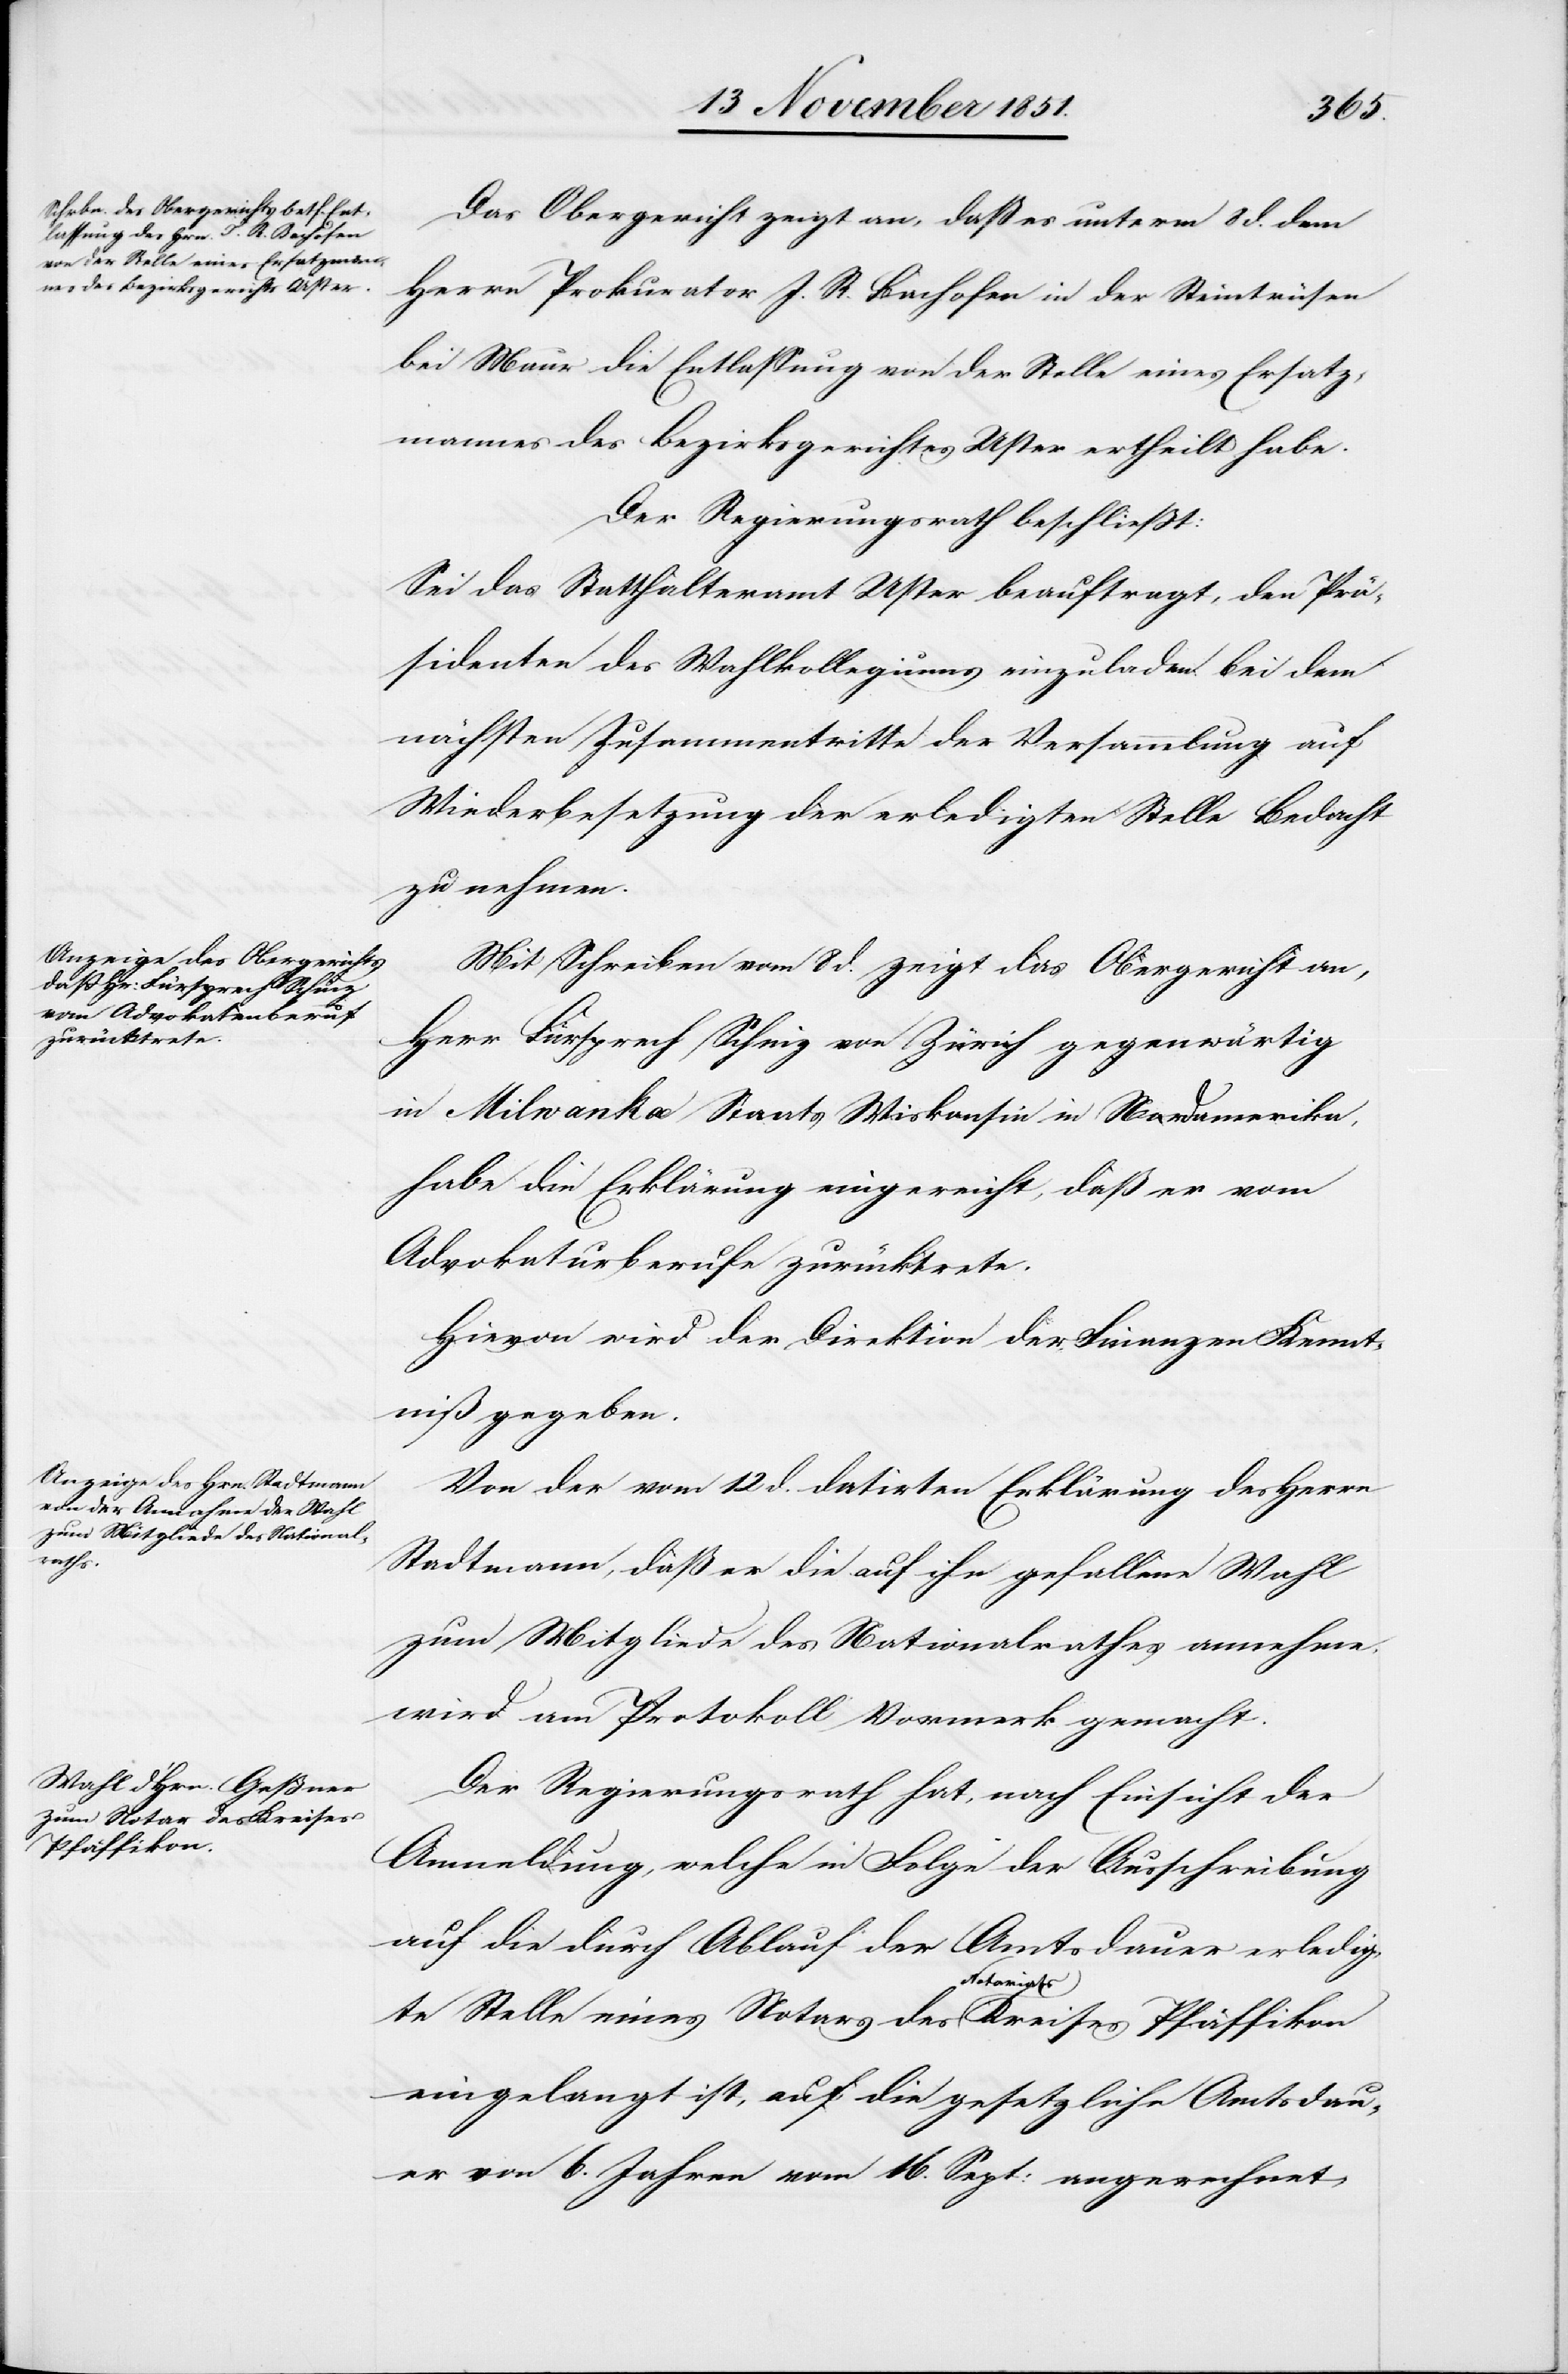
Das Obergericht zeigt an, daß es unterm 8 d. dem
Herrn Prokurator J. R. Bachofen in der Steintrüsen
bei Maur die Entlassung von der Stelle eines Ersatz¬
mannes des Bezirksgerichtes Uster ertheilt habe.
Der Regierungsrath beschließt:
Sei das Statthalteramt Uster beauftragt, den Prä¬
sidenten des Wahlkollegiums einzuladen bei dem
nächsten Zusammentritte der Versammlung auf
Wiederbesetzung der erledigten Stelle Bedacht
zu nehmen.
Mit Schreiben vom 8 d. zeigt das Obergericht an,
Herr Fürsprech Schinz von Zürich gegenwärtig
Milwaukee] Staats Wiskonsin in Nordamerika,
habe die Erklärung eingereicht, daß er vom
Advokaturberufe zurücktrete.
Hievon wird der Direktion der Finanzen Kennt¬
niß gegeben.
Von der vom 12 d. datirten Erklärung des Herrn
Stadtmann, daß er die auf ihn gefallene Wahl
zum Mitgliede des Nationalrathes annehme,
wird am Protokoll Vormerk gemacht.
Der Regierungsrath hat, nach Einsicht der
Anmeldung, welche in Folge der Ausschreibung
auf die durch Ablauf der Amtsdauer erledig¬
te Stelle eines Notars des Notariats[-]Kreises Pfäffikon
eingelangt ist, auf die gesetzliche Amtsdau¬
er von 6. Jahren vom 16. Sept: angerechnet,